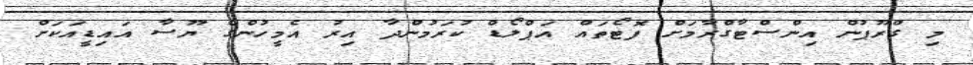
މި ގްރޫޕުން އިންސްޓާގްރާމަށް ފޮޓޯތައް އަޕްލޯޑް ކުރަމުންދާ އިރު އެމީހުންގެ ޔޫސާ އައިޑީއަކަށް